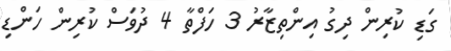
ގަޑި ކުރިން ދިގު އިންތިޒާރު 3 ހަފްތާ 4 ދުވަސް ކުރިން ހަންޑި